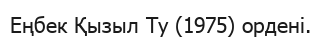
Еңбек Қызыл Ту (1975) ордені.